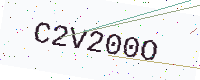
Text: C2V200O